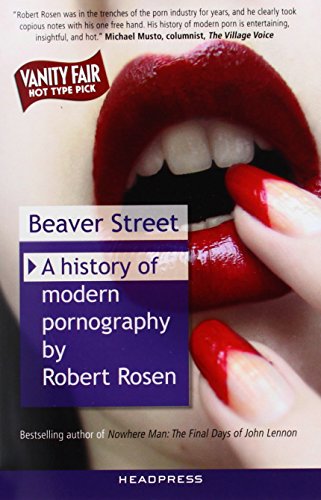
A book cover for Beaver Street: A History of Modern Pornography; Robert Rosen; Politics & Social Sciences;